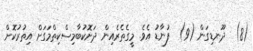
(8)  ދޫނޑިގަން (9)  ފުނާޑު އެވެ. މީގެތެރެއިން ދަށޮކުބާމިސްކިތްމަގަށް އިތުރުކޮށް